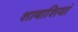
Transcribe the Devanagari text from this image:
शाबाशियां